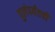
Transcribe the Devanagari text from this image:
पुलंपर्यंतची